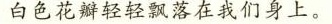
白色花瓣轻轻飘落在我们身上。